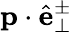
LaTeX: \mathbf{p}\cdot\hat{\mathbf{e}}_{\perp}^{\pm}